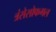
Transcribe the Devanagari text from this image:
त्रंसेसोफगल